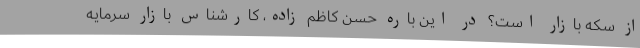
از سکه بازار است؟ در این باره حسن کاظم زاده، کارشناس بازار سرمایه